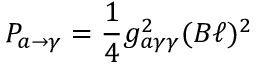
P _ { a \rightarrow \gamma } = { \frac { 1 } { 4 } } g _ { a \gamma \gamma } ^ { 2 } ( B \ell ) ^ { 2 }